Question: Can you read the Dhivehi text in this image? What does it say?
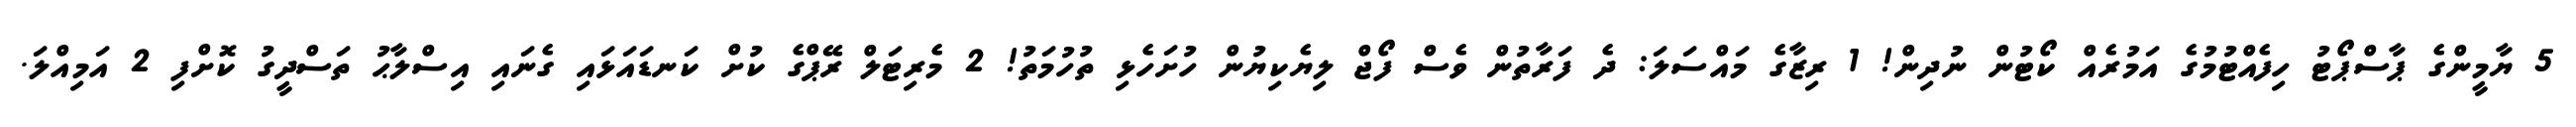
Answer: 5 ޔާމީންގެ ޕާސްޕޯޓު ހިފެއްޓުމުގެ އަމުރެއް ކޯޓުން ނުދިން! 1 ރިޒާގެ މައްސަލަ: ދެ ފަރާތުން ވެސް ފޯޖް ލިޔެކިޔުން ހުށަހެޅި ތުހުމަތު! 2 މެރިޓަލް ރޭޕްގެ ކުށް ކަނޑައަޅައި ގެނައި އިސްލާޙު ތަސްދީގު ކޮށްފި 2 އަމިއްލަ.